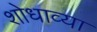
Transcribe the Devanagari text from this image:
शोधाव्या